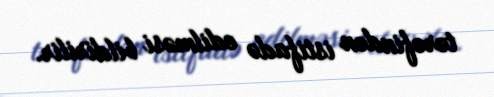
tərəfindən istifadə edilməsi bildirilir.